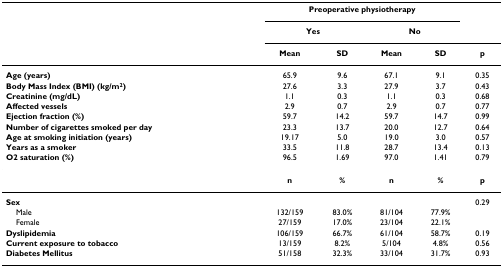
|  | <COLSPAN=4> Preoperative physiotherapy |  |
 |  | <COLSPAN=2> Yes | <COLSPAN=2> No |  |
 |  | Mean | SD | Mean | SD | p |
 | --- | --- | --- | --- | --- | --- |
 | Age (years) | 65.9 | 9.6 | 67.1 | 9.1 | 0.35 |
 | Body Mass Index (BMI) (kg/m2) | 27.6 | 3.3 | 27.9 | 3.7 | 0.43 |
 | Creatinine (mg/dL) | 1.1 | 0.3 | 1.1 | 0.3 | 0.68 |
 | Affected vessels | 2.9 | 0.7 | 2.9 | 0.7 | 0.77 |
 | Ejection fraction (%) | 59.7 | 14.2 | 59.7 | 14.7 | 0.99 |
 | Number of cigarettes smoked per day | 23.3 | 13.7 | 20.0 | 12.7 | 0.64 |
 | Age at smoking initiation (years) | 19.17 | 5.0 | 19.0 | 3.0 | 0.57 |
 | Years as a smoker | 33.5 | 11.8 | 28.7 | 13.4 | 0.13 |
 | O2 saturation (%) | 96.5 | 1.69 | 97.0 | 1.41 | 0.79 |
 |  | n | % | n | % | p |
 | Sex |  |  |  |  | 0.29 |
 | Male | 132/159 | 83.0% | 81/104 | 77.9% |  |
 | Female | 27/159 | 17.0% | 23/104 | 22.1% |  |
 | Dyslipidemia | 106/159 | 66.7% | 61/104 | 58.7% | 0.19 |
 | Current exposure to tobacco | 13/159 | 8.2% | 5/104 | 4.8% | 0.56 |
 | Diabetes Mellitus | 51/158 | 32.3% | 33/104 | 31.7% | 0.93 |